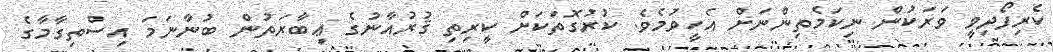
ކެރިފޯދިވީ ވަރަކުން ނިކަމެތިންނަށް އެހީވުމެވެ. ކުރުގޮތަކަށް ކީރިތި ޤުރުއާނުގެ ޢިބާރަތުން ބުނާނަމަ އިސްތިގާމާގެ